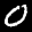
Label: 0